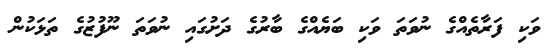
ވަކި ފަރާތެއްގެ ނުވަތަ ވަކި ބަޔެއްގެ ބާރުގެ ދަށުގައި ނުވަތަ ނޫފުޒުގެ ތަޅަކުން